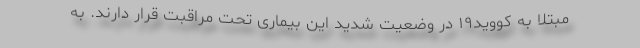
مبتلا به کووید۱۹ در وضعیت شدید این بیماری تحت مراقبت قرار دارند. به